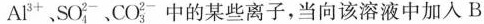
Al^{3+}，SO_{4}^{2-}、CO_{3}^{2-}中的某些离子，当向该溶液中加入B